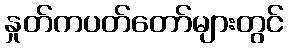
နှုတ်ကပတ်တော်များတွင်